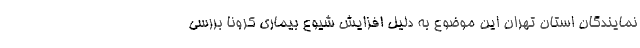
نمایندگان استان تهران این موضوع به دلیل افزایش شیوع بیماری کرونا بررسی